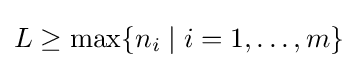
L\geq \max\{n_{i}\mid i=1,\ldots ,m\}